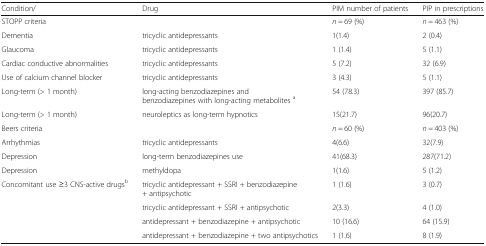
| Condition/ | Drug | PIM number of patients | PIP in prescriptions |
 | --- | --- | --- | --- |
 | <COLSPAN=2> STOPP criteria | n = 69 (%) | n = 463 (%) |
 | Dementia | tricyclic antidepressants | 1(1.4) | 2 (0.4) |
 | Glaucoma | tricyclic antidepressants | 1 (1.4) | 5 (1.1) |
 | Cardiac conductive abnormalities | tricyclic antidepressants | 5 (7.2) | 32 (6.9) |
 | Use of calcium channel blocker | tricyclic antidepressants | 3 (4.3) | 5 (1.1) |
 | Long-term (> 1 month) | long-acting benzodiazepines and benzodiazepines with long-acting metabolites a | 54 (78.3) | 397 (85.7) |
 | Long-term (> 1 month) | neuroleptics as long-term hypnotics | 15(21.7) | 96(20.7) |
 | <COLSPAN=2> Beers criteria | n = 60 (%) | n = 403 (%) |
 | Arrhythmias | tricyclic antidepressants | 4(6.6) | 32(7.9) |
 | Depression | long-term benzodiazepines use | 41(68.3) | 287(71.2) |
 | Depression | methyldopa | 1(1.6) | 5 (1.2) |
 | <ROWSPAN=4> Concomitant use ≥3 CNS-active drugsb | tricyclic antidepressant + SSRI + benzodiazepine + antipsychotic | 1 (1.6) | 3 (0.7) |
 | tricyclic antidepressant + SSRI + antipsychotic | 2(3.3) | 4 (1.0) |
 | antidepressant + benzodiazepine + antipsychotic | 10 (16.6) | 64 (15.9) |
 | antidepressant + benzodiazepine + two antipsychotics | 1 (1.6) | 8 (1.9) |